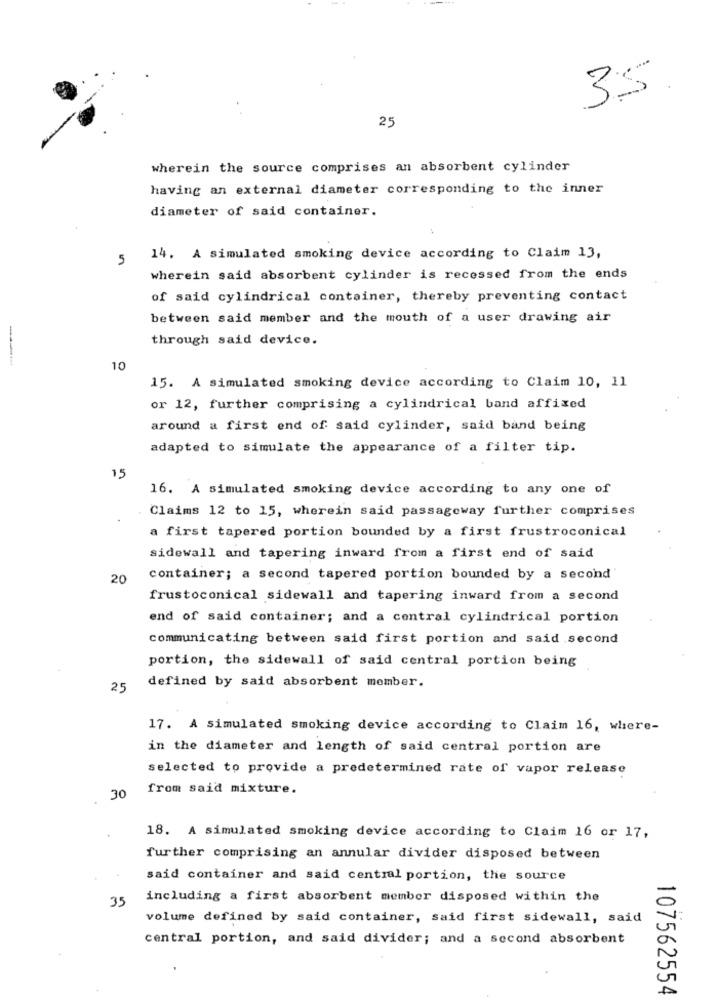
35
25
wherein the source comprises an absorbent cylinder
having an external diameter corresponding to the inner
diameter of said container.
5
14. A simulated smoking device according to Claim 13,
wherein said absorbent cylinder is recessed from the ends
of said cylindrical container, thereby preventing contact
between said member and the mouth of a user drawing air
through said device.
10
15. A simulated smoking device according to Claim 10, 11
or 12, further comprising a cylindrical band affixed
around a first end of said cylinder, said band being
adapted to simulate the appearance of a filter tip.
15
16. A simulated smoking device according to any one of
Claims 12 to 15, wherein said passageway further comprises
a first tapered portion bounded by a first frustroconical
sidewall and tapering inward from a first end of said
20
container; a second tapered portion bounded by a second
frustoconical sidewall and tapering inward from a second
end of said container; and a central cylindrical portion
communicating between said first portion and said second
portion, the sidewall of said central portion being
defined by said absorbent momber.
25
17. A simulated smoking device according to Claim 16, where-
in the diameter and length of said central portion are
selected to provide a predetermined rate of vapor release
from said mixture.
30
18. A simulated smoking device according to Claim 16 or 17,
further comprising an annular divider disposed between
said container and said central portion, the source
35
including a first absorbent member disposed within the
volume defined by said container, said first sidewall, said
central portion, and said divider; and a second absorbent
107562554